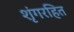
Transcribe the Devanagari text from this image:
शृंगरहित